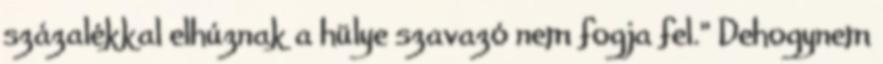
százalékkal elhúznak a hülye szavazó nem fogja fel." Dehogynem